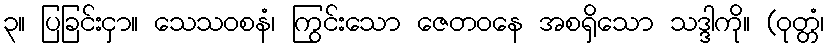
၃။ ပြခြင်းငှာ။ သေသဝစနံ၊ ကြွင်းသော ဇေတဝနေ အစရှိသော သဒ္ဒါကို။ (ဝုတ္တံ၊